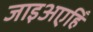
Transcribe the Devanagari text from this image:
जाइअएहिँ